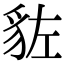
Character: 𧲭